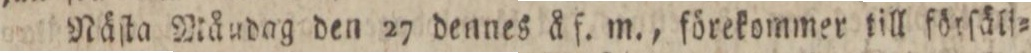
Näſta Måudag den 27 dennes å ſ. m., förekommer till förſäli=